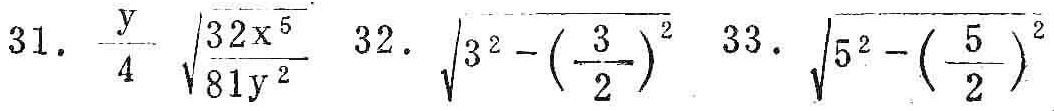
31. \(\frac{y}{4}\sqrt{\frac{32x^{5}}{81y^{2}}}\) 32. \(\sqrt{3^{2}-\left(\frac{3}{2}\right)^{2}}\) 33. \(\sqrt{5^{2}-\left(\frac{5}{2}\right)^{2}}\)